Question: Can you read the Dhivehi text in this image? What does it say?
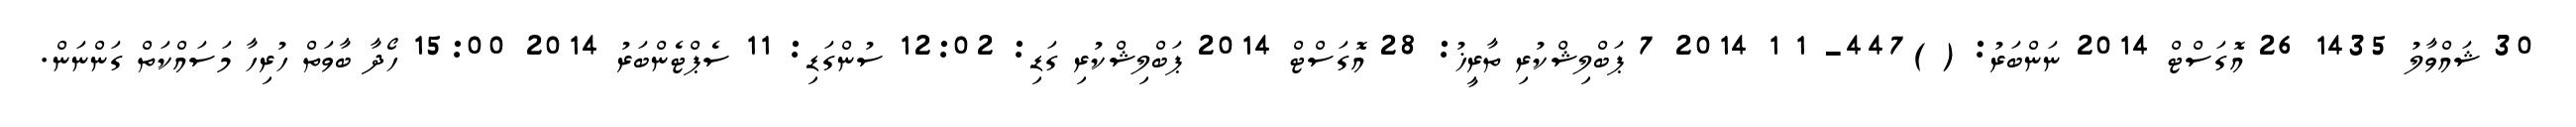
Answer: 30 ޝައްވާލު 1435 26 އޮގަސްޓް 2014 ނަންބަރު: ( )447- 1 1 2014 7 ޕަބްލިޝްކުރި ތާރީޚު: 28 އޮގަސްޓް 2014 ޕަބްލިޝްކުރި ގަޑި: 12:02 ސުންގަޑި: 11 ސެޕްޓެންބަރު 2014 15:00 ހޯދާ ބާވަތް ހުރިހާ މަސައްކަތް ގަންނަން.